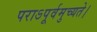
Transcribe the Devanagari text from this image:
पराऽपूर्वमुच्यते।